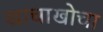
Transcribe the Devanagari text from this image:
खाचाखोचा